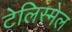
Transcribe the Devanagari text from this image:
टेलिस्मेल